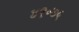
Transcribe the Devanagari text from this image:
४९॰७५